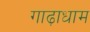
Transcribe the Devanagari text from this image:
गाढ़ाधाम